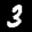
Label: 3